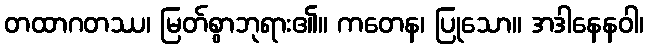
တထာဂတဿ၊ မြတ်စွာဘုရား၏။ ကတေန၊ ပြုသော။ အဒါနေနဝါ၊